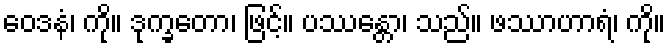
ဝေဒနံ၊ ကို။ ဒုက္ခတော၊ ဖြင့်။ ပဿန္တော၊ သည်။ ဖဿာဟာရံ၊ ကို။